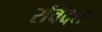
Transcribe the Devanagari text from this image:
रविदत्त